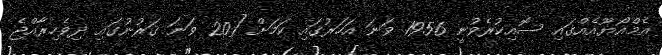
އެމްއޯޔޫއެއްގައި ސޮއިކުރެވުނީ 1956 ވަނަ އަހަރުގައި ކަމަށް [20 ވަނަ ޤަރުނުގައި ދިވެހިރާއްޖެ